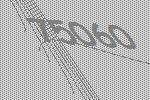
75060